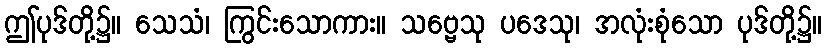
ဤပုဒ်တို့၌။ သေသံ၊ ကြွင်းသောကား။ သဗ္ဗေသု ပဒေသု၊ အလုံးစုံသော ပုဒ်တို့၌။